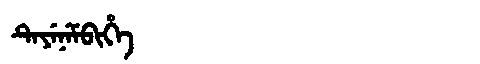
Manchu: ᡨᡝᠶᡝᠨᡝᠮᠪᡳᡥᡝ
Romanization: TEYENEMBIHE